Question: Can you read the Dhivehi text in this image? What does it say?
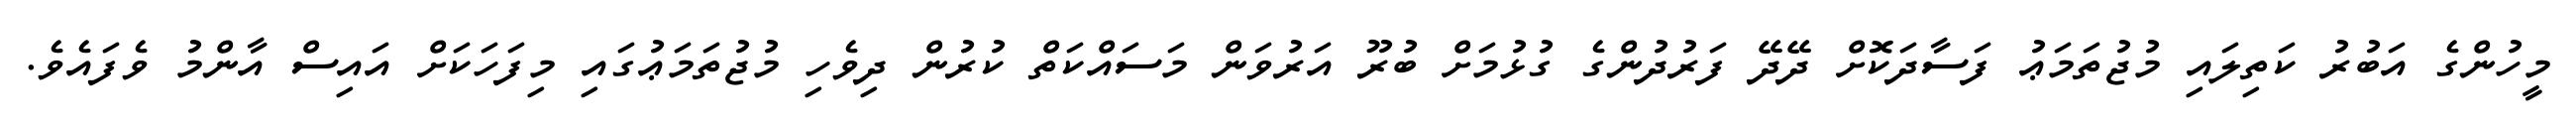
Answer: މީހުންގެ އަބުރު ކަތިލައި މުޖުތަމަޢު ފަސާދަކޮށް ދޭދޭ ފަރުދުންގެ ގުޅުމަށް ބުރޫ އަރުވަން މަސައްކަތް ކުރުން ދިވެހި މުޖުތަމަޢުގައި މިފަހަކަށް އައިސް އާންމު ވެފައެވެ.